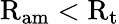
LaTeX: \mathrm{R}_{\mathrm{am}}<\mathrm{R}_{\mathrm{t}}